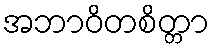
အဘာဝိတစိတ္တာ